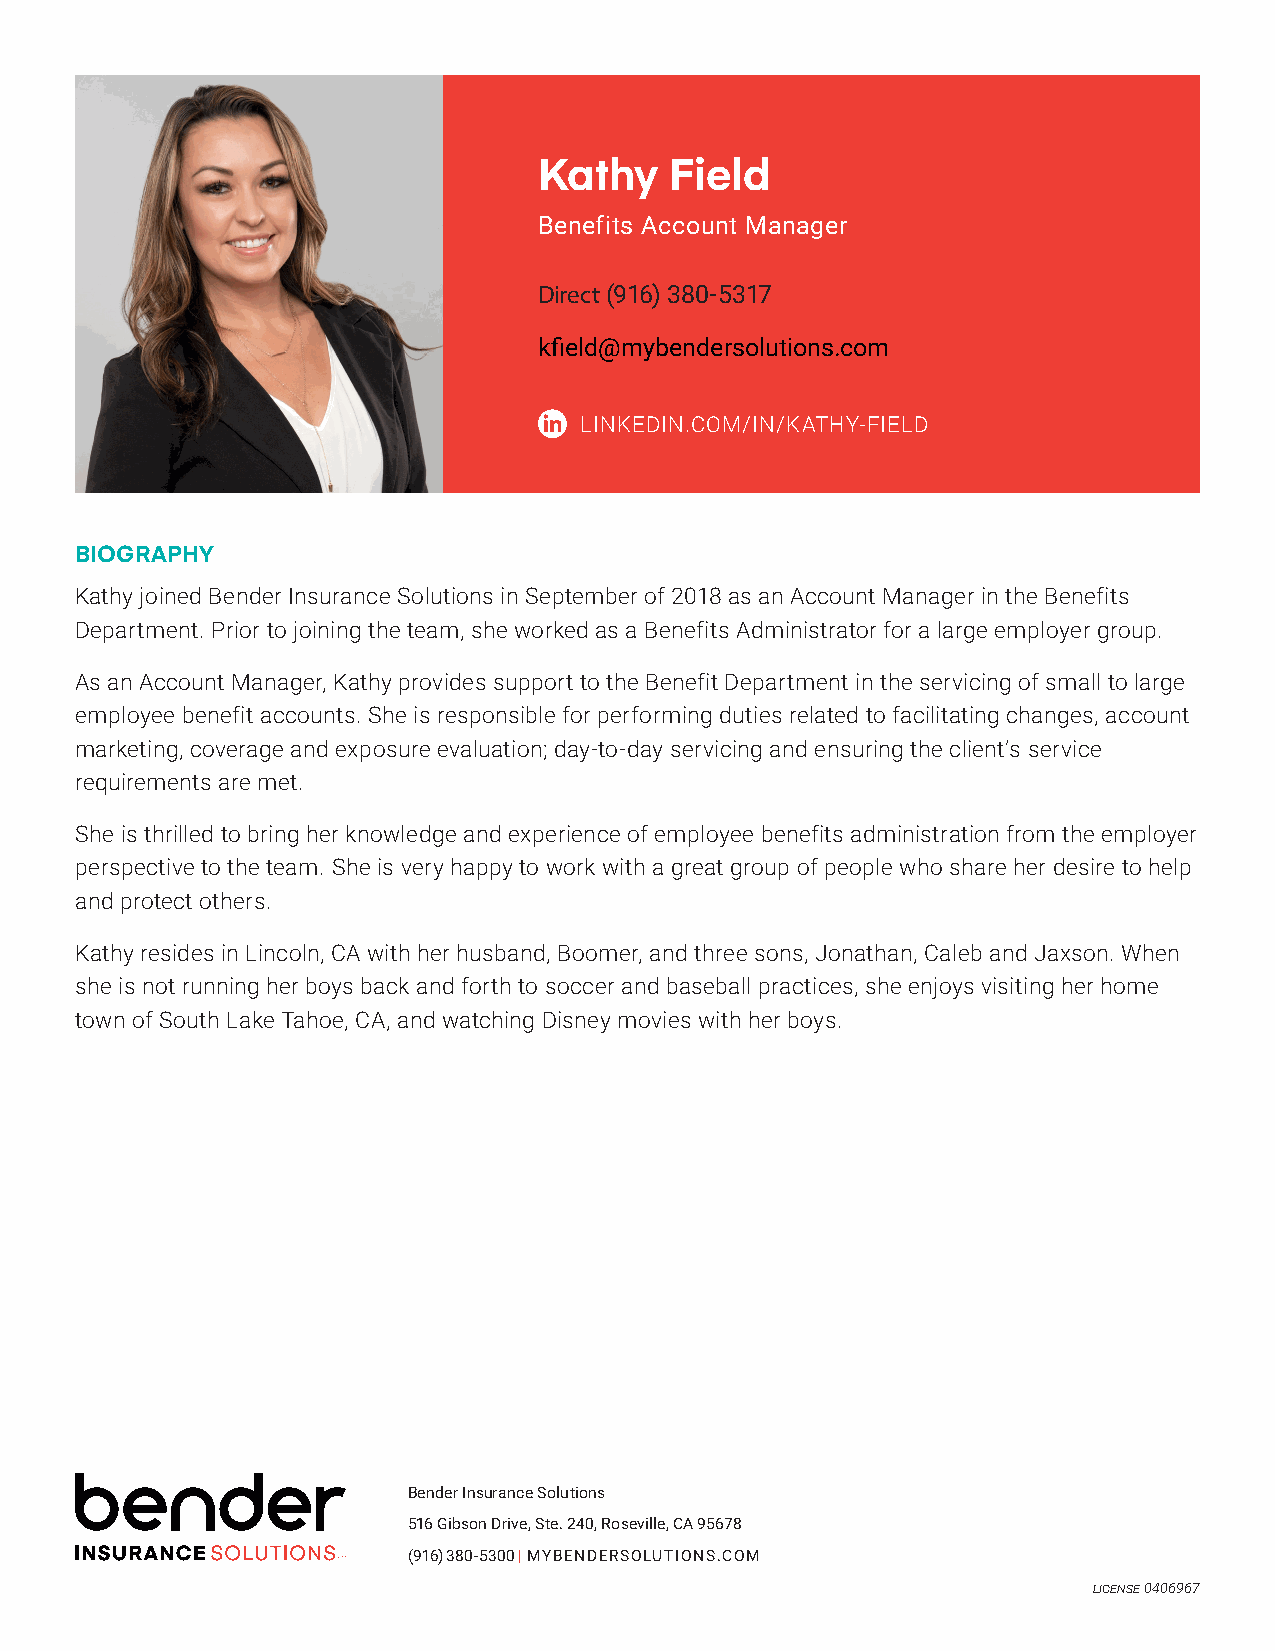
Kathy   Field
 Benefits Account Manager
 Direct (916) 380-5317
 kfield@mybendersolutions.com
 LINKEDIN.COM/IN/KATHY-FIELD
 BIOGRAPHY
 Kathy joined Bender Insurance Solutions in September of 2018 as an Account Manager in the Benefits
 Department. Prior to joining the team, she worked as a Benefits Administrator for a large employer group.
 As an Account Manager, Kathy provides support to the Benefit Department in the servicing of small to large
 employee benefit accounts. She is responsible for performing duties related to facilitating changes, account
 marketing, coverage and exposure evaluation; day-to-day servicing and ensuring the client’s service
 requirements are met.
 She is thrilled to bring her knowledge and experience of employee benefits administration from the employer
 perspective to the team. She is very happy to work with a great group of people who share her desire to help
 and protect others.
 Kathy resides in Lincoln, CA with her husband, Boomer, and three sons, Jonathan, Caleb and Jaxson. When
 she is not running her boys back and forth to soccer and baseball practices, she enjoys visiting her home
 town of South Lake Tahoe, CA, and watching Disney movies with her boys.
 Bender Insurance Solutions
 516 Gibson Drive, Ste. 240, Roseville, CA 95678
 (916) 380-5300 | MYBENDERSOLUTIONS.COM
 license 0406967